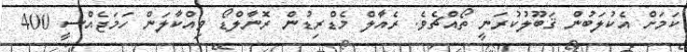
ކަމަށް އެކުލަބުން ޤަބޫލުކުރަނީ ތޯއްޗެވެ. ރެއާލް މެޑްރިޑުން ރޮނާލްޑޯ ވިއްކާލަން ހަމަޖެއްސީ 400